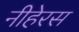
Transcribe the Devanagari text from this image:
नीहेरस